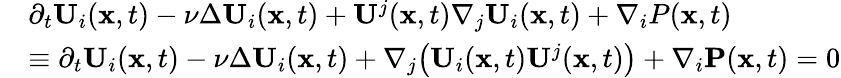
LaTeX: \begin{array}{rl}&{\partial_{t}\mathbf{U}_{i}(\mathbf{x},t)-\nu\Delta\mathbf{U}_{i}(\mathbf{x},t)+\mathbf{U}^{j}(\mathbf{x},t)\nabla_{j}\mathbf{U}_{i}(\mathbf{x},t)+\nabla_{i}P(\mathbf{x},t)}\\ &{\equiv\partial_{t}\mathbf{U}_{i}(\mathbf{x},t)-\nu\Delta\mathbf{U}_{i}(\mathbf{x},t)+\nabla_{j}\big(\mathbf{U}_{i}(\mathbf{x},t)\mathbf{U}^{j}(\mathbf{x},t)\big)+\nabla_{i}\mathbf{P}(\mathbf{x},t)=0}\end{array}